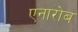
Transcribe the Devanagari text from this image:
एनारोब